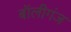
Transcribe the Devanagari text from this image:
बॉलीगंज